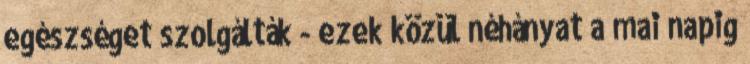
egészséget szolgálták - ezek közül néhányat a mai napig